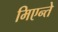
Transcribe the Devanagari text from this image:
मिएन्ते